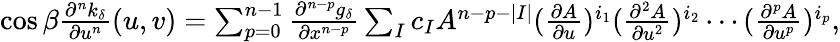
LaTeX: \begin{array}{r}{\cos\beta\frac{\partial^{n}k_{\delta}}{\partial u^{n}}(u,v)=\sum_{p=0}^{n-1}\frac{\partial^{n-p}g_{\delta}}{\partial x^{n-p}}\sum_{I}c_{I}A^{n-p-|I|}(\frac{\partial A}{\partial u})^{i_{1}}(\frac{\partial^{2}A}{\partial u^{2}})^{i_{2}}\cdots(\frac{\partial^{p}A}{\partial u^{p}})^{i_{p}},}\end{array}